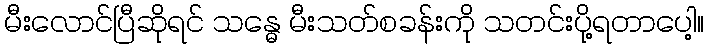
မီးလောင်ပြီဆိုရင် သန္ဓေ မီးသတ်စခန်းကို သတင်းပို့ရတာပေါ့။